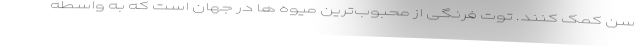
سن کمک کنند. توت فرنگی از محبوب‌ترین میوه ها در جهان است که به واسطه